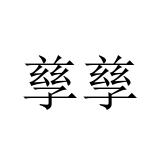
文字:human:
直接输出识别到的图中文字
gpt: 孳孳